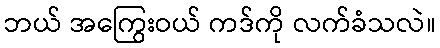
ဘယ် အကြွေးဝယ် ကဒ်ကို လက်ခံသလဲ။